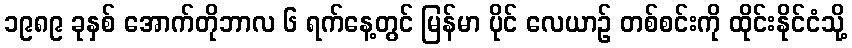
၁၉၈၉ ခုနှစ် အောက်တိုဘာလ ၆ ရက်နေ့တွင် မြန်မာ ပိုင် လေယာဉ် တစ်စင်းကို ထိုင်းနိုင်ငံသို့